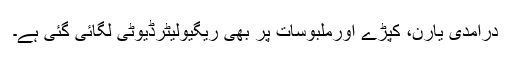
درآمدی یارن، کپڑے اورملبوسات پر بھی ریگیولیٹرڈیوٹی لگائی گئی ہے۔